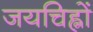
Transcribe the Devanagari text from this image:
जयचिह्नों